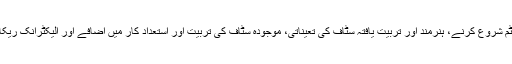
روک تھام کمیٹی نے اینٹی گریٹڈ ہیلتھ مینجمنٹ انفارمیشن سسٹم شروع کرنے، ہنرمند اور تربیت یافتہ سٹاف کی تعیناتی، موجودہ سٹاف کی تربیت اور استعداد کار میں اضافے اور الیکٹرانک ریکارڈ کو مین سرور سے مربوط کرنے جیسی سفارشات کی ہیں۔